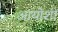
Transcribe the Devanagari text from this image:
आयोशी